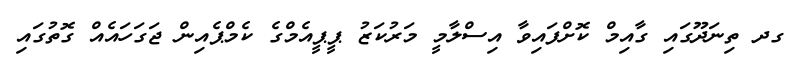
ގދ ތިނަދޫގައި ގާއިމް ކޮށްފައިވާ އިސްލާމީ މަރުކަޒު ޕީޕީއެމްގެ ކެމްޕެއިން ޖަގަހައެއް ގޮތުގައި